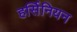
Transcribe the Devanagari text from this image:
हर्सिनियन